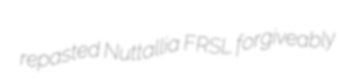
repasted Nuttallia FRSL forgiveably